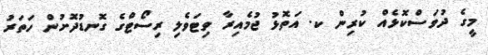
މީގެ ދުވަސްކޮޅެއް ކުރިން ކ. އަތޮޅު ޖުމެއިރާ ވިޓަވެލި ރިސޯޓްގެ ގޮނޑުދޮށުން ހަތަރު